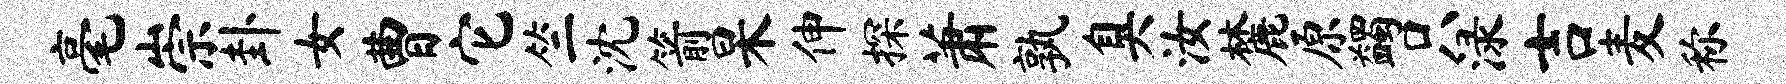
毫崇卦女曹它竺沈箭杲伸探萧孰臭汝麓原蠲只渌吉麦称